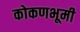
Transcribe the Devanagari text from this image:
कोकणभूमी